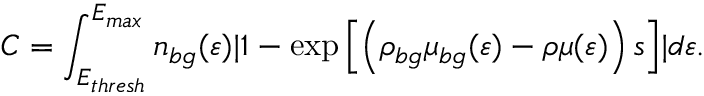
C = \int _ { E _ { t h r e s h } } ^ { E _ { m a x } } n _ { b g } ( \varepsilon ) \lvert 1 - \exp \left[ \left( \rho _ { b g } \mu _ { b g } ( \varepsilon ) - \rho \mu ( \varepsilon ) \right) s \right] \rvert d \varepsilon .